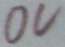
Text: 0V